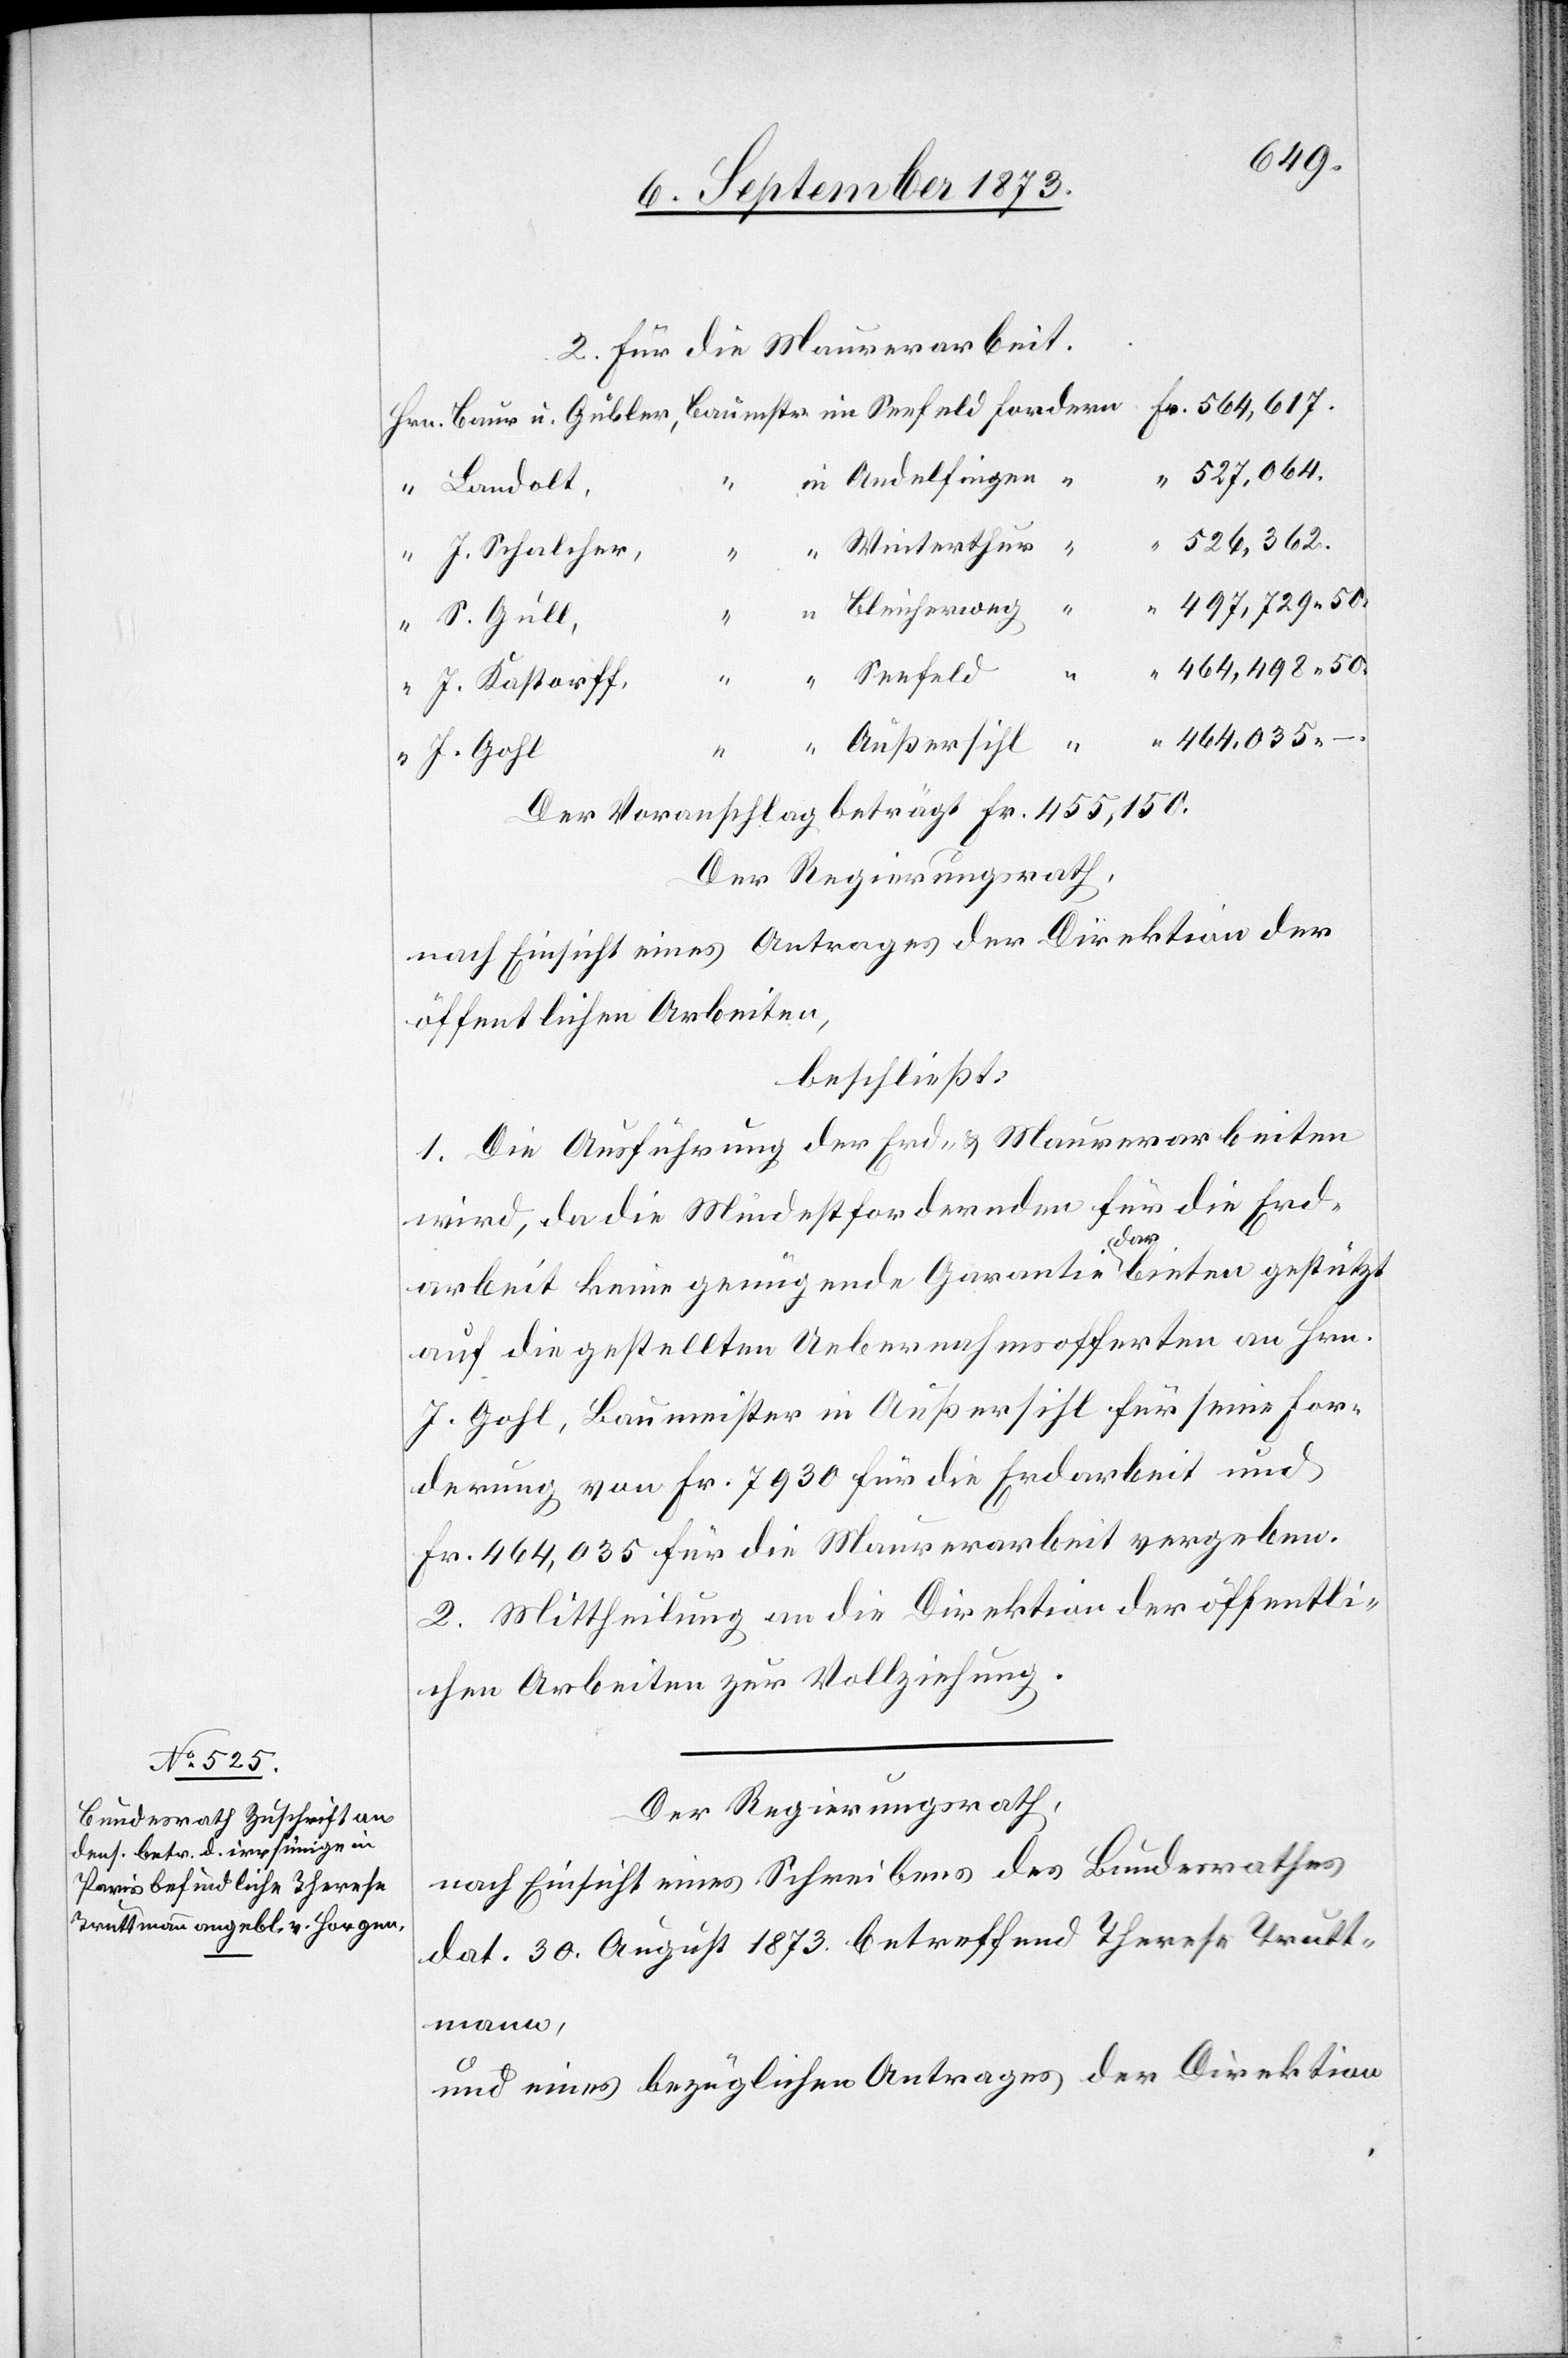
564,617.
2. Für die Maurerarbeit.
527,064.
Andelfingen
Landolt,
526,362.
Winterthur
J. Schalcher,
–.
497,729 50.
Bleicherweg
S. Gull,
464,498 50.
Seefeld
“
J. Kastorff,
464,035
Außersihl
J. Gohl
Der Voranschlag beträgt Fr. 455,150.
Der Regierungsrath,
nach Einsicht eines Antrages der Direktion der
öffentlichen Arbeiten,
beschließt:
1. Die Ausführung der Erd- & Maurerarbeiten
wird, da die Mindestfordernden für die Erd¬
Baur
arbeit keine genügende Garantie darbieten gestützt
auf die gestellten Uebernahmsofferten an Hrn.
J. Gohl, Baumeister in Außersihl für seine For¬
derung von Fr. 7 930 für die Erdarbeit und
Fr. 464,035 für die Maurerarbeit vergeben.
2. Mittheilung an die Direktion der öffentli¬
chen Arbeiten zur Vollziehung.
Der Regierungsrath,
nach Einsicht eines Schreibens des Bundesrathes
dat. 30. August 1873 betreffend Therese Trutt¬
mann,
und eines bezüglichen Antrages der Direktion